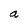
Character: a